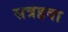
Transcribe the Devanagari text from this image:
सत्रहवा